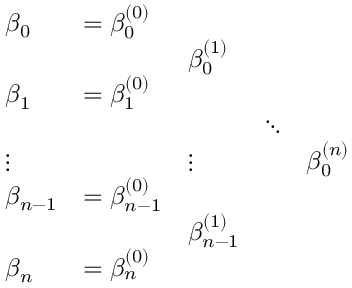
{ \begin{array} { l l l l l } { \beta _ { 0 } } & { = \beta _ { 0 } ^ { ( 0 ) } } & & & \\ & & { \beta _ { 0 } ^ { ( 1 ) } } & & \\ { \beta _ { 1 } } & { = \beta _ { 1 } ^ { ( 0 ) } } & & & \\ & & & { \ddots } & \\ { \vdots } & & { \vdots } & & { \beta _ { 0 } ^ { ( n ) } } \\ { \beta _ { n - 1 } } & { = \beta _ { n - 1 } ^ { ( 0 ) } } & & & \\ & & { \beta _ { n - 1 } ^ { ( 1 ) } } & & \\ { \beta _ { n } } & { = \beta _ { n } ^ { ( 0 ) } } & & & \end{array} }